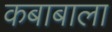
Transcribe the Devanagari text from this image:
कबाबाला